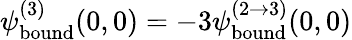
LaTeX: \psi_{\mathrm{bound}}^{(3)}(0,0)=-3\psi_{\mathrm{bound}}^{(2\rightarrow 3)}(0,0)